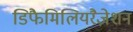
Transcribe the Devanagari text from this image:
डिफैमिलियरैज़ेशन